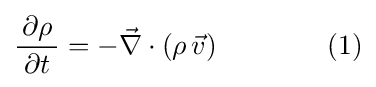
{\frac {\,\partial \rho \,}{\partial t}}=-{\vec {\nabla }}\cdot (\rho \,{\vec {v}})\qquad \qquad (1)